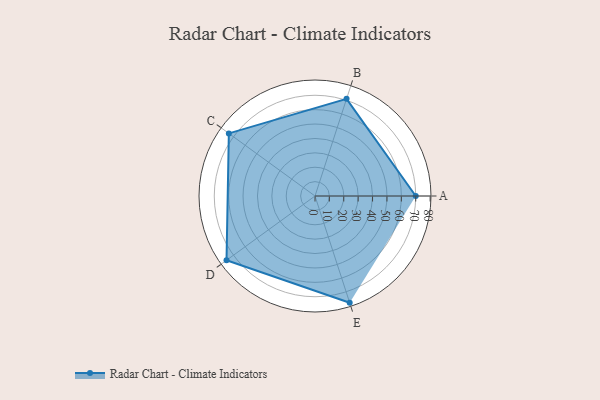
{"axis": {"x": "Skill", "y": "Score"}, "legend": ["Profile"], "data": [{"x": "A", "y": 70.0, "type": "Profile"}, {"x": "B", "y": 71.0, "type": "Profile"}, {"x": "C", "y": 74.0, "type": "Profile"}, {"x": "D", "y": 76.0, "type": "Profile"}, {"x": "E", "y": 78.0, "type": "Profile"}]}